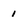
Character: 1